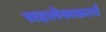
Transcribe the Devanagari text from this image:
सहलेखकार्य